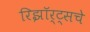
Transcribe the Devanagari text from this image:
रिझॉर्ट्‌सचे